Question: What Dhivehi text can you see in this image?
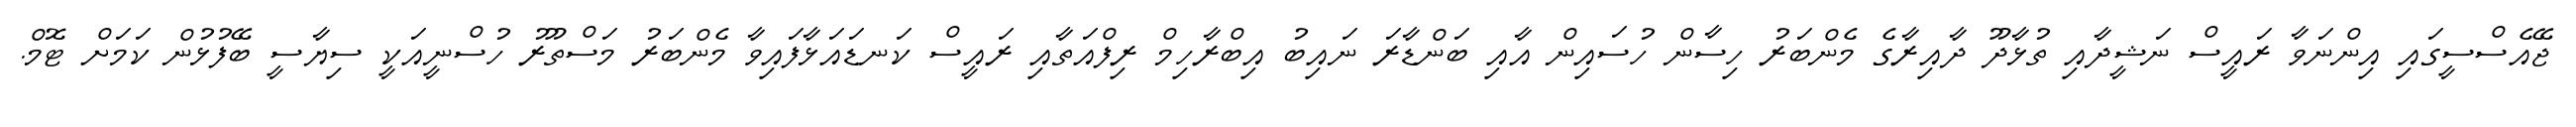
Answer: ޖޭއެސްސީގައި އިންނަވާ ރައީސް ނަޝީދާއި ތުޅާދޫ ދާއިރާގެ މެންބަރު ހިސާން ހުސައިން އާއި ބަންޑާރަ ނައިބު އިބްރާހިމް ރިފްއަތާއި ރައީސް ކަނޑައަޅާފައިވާ މެންބަރު މަސްތޫރު ހުސްނީއަކީ ސިޔާސީ ބޭފުޅުން ކަމަށް ޓޮމް.